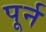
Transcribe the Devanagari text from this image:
पूर्न